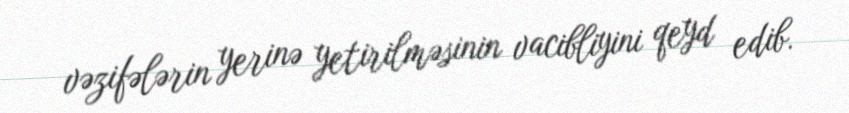
vəzifələrin yerinə yetirilməsinin vacibliyini qeyd edib.